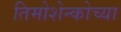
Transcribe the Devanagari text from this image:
तिमोशेन्कोच्या